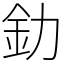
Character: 釛